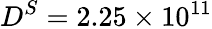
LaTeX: D^{S}=2.25\times 10^{11}